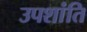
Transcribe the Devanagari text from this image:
उपशांति